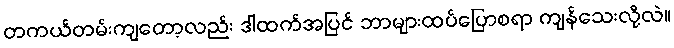
တကယ်တမ်းကျတော့လည်း ဒါထက်အပြင် ဘာများထပ်ပြောစရာ ကျန်သေးလို့လဲ။